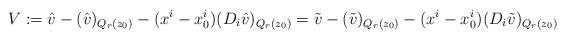
LaTeX: \begin{align*}V:=\hat v-(\hat v)_{Q_r(z_0)}-(x^i-x_0^i)(D_i \hat v)_{Q_{r}(z_0)}=\tilde v-(\tilde v)_{Q_r(z_0)}-(x^i-x_0^i)(D_i \tilde v)_{Q_{r}(z_0)}\end{align*}